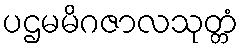
ပဌမမိဂဇာလသုတ္တံ